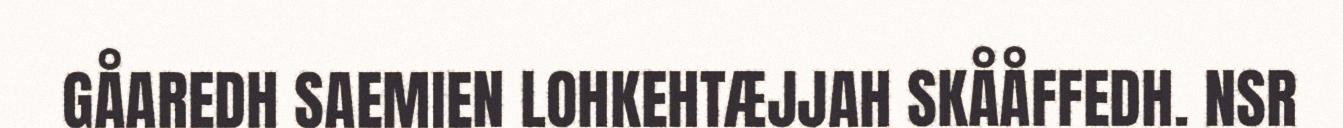
GÅAREDH SAEMIEN LOHKEHTÆJJAH SKÅÅFFEDH. NSR